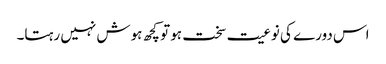
اس دورے کی نوعیت سخت ہو تو کچھ ہوش نہیں رہتا۔